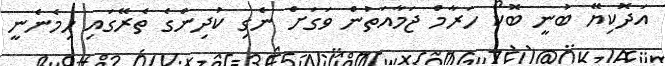
އަދޮކިޔޭ ބުނީ ބޮކޯ ހަރާމް ޖަމާއަތުން ވަގަށް ނެގި ކުދިންގެ ތެރޭގައި ހިމެނެނީ